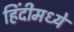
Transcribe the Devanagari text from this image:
हिंंदीमध्ये